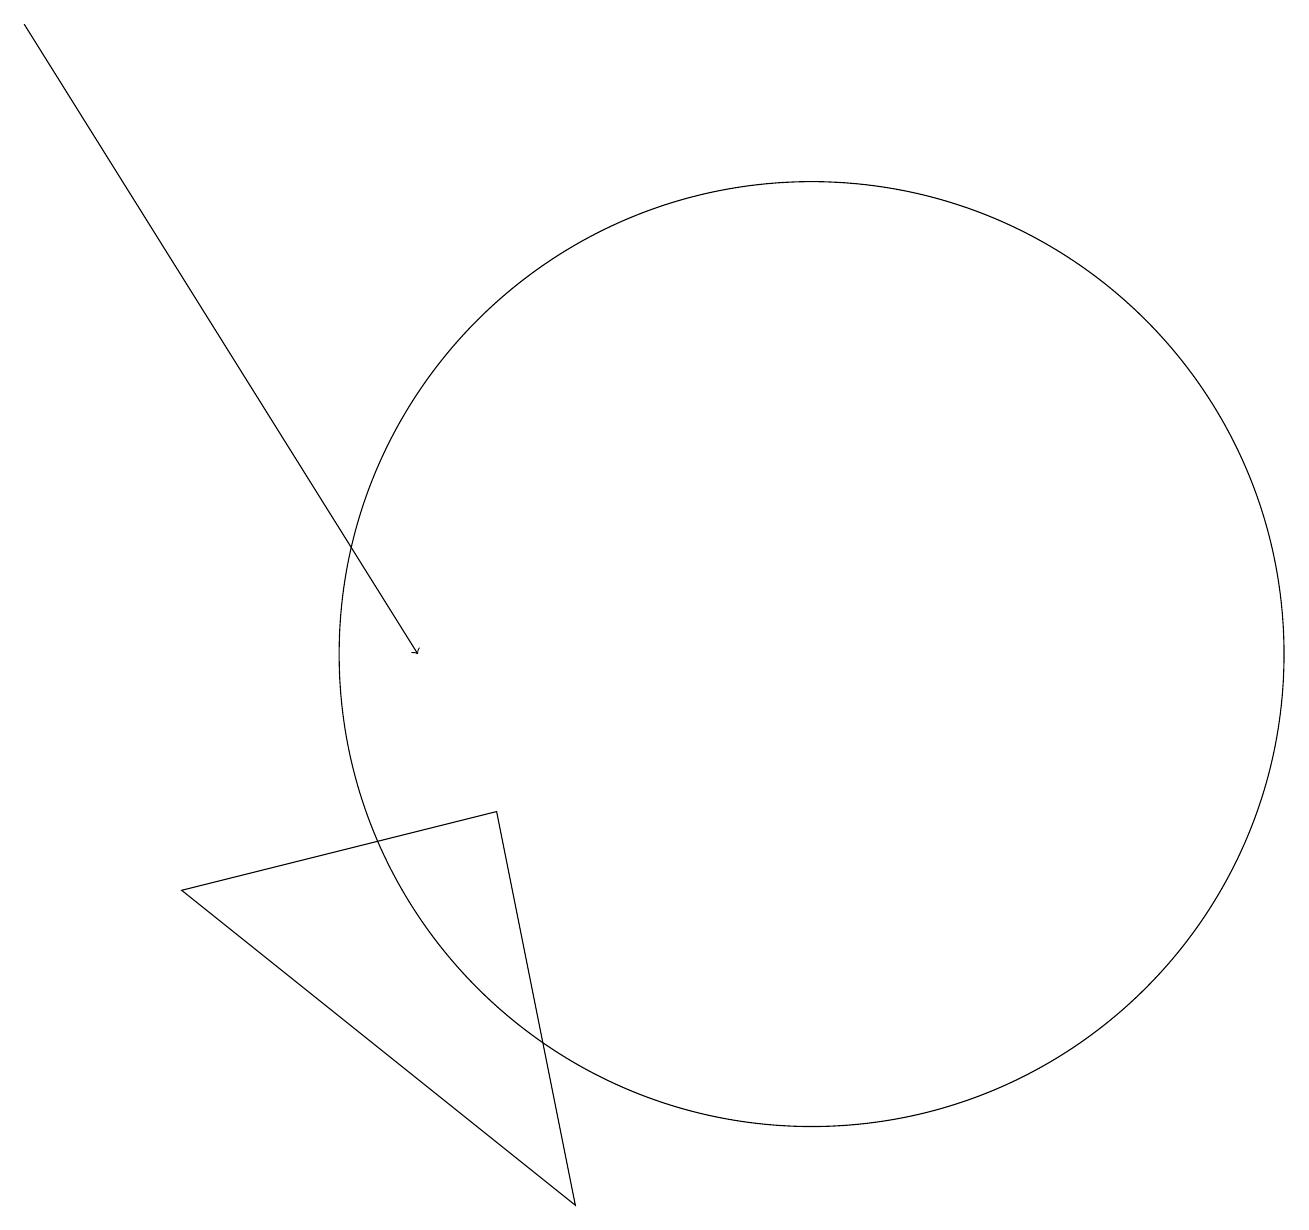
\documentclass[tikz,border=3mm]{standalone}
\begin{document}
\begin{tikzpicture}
\draw (10,11) circle (6);
\draw (12,10) circle (0);
\draw (6,9) -- (7,4) -- (2,8) -- cycle;
\draw[->] (0,19) -- (5,11);
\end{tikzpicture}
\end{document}